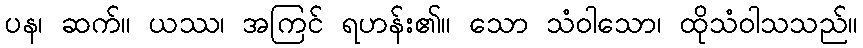
ပန၊ ဆက်။ ယဿ၊ အကြင် ရဟန်း၏။ သော သံဝါသော၊ ထိုသံဝါသသည်။